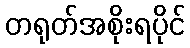
တရုတ်အစိုးရပိုင်